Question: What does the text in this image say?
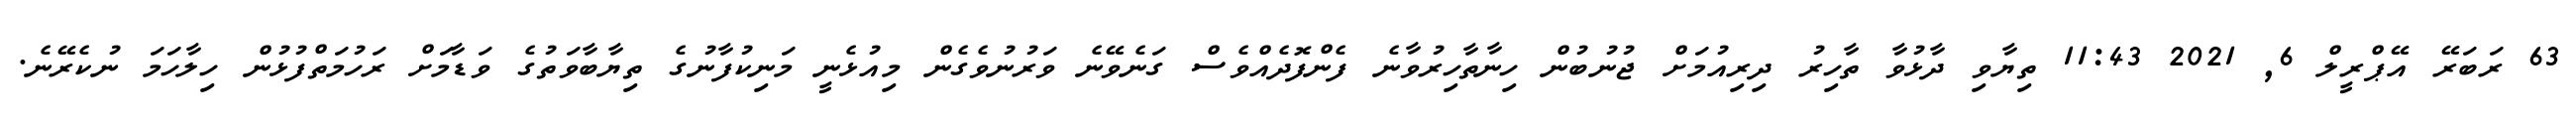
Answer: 63 ރަބަރޭ އޭޕްރީލް 6, 2021 11:43 ތިޔާވި ދާޅުވާ ތާހިރު ދިރިއުމަށް ޖުނުބުން ހިނާތާހިރުވާނެ ފެންފޮދެއްވެސް ގަނެވޭނެ ވަރުނުވެގެން މިއުޅެނީ މަނިކުފާނުގެ ތިޔާބާވަތުގެ ވަޑާމަށް ރަހުމަތްފުޅުން ހިލާހަމަ ނުކެރޭނެ.